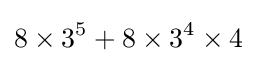
8\times 3^{5}+8\times 3^{4}\times 4